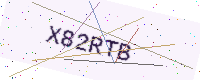
Text: X82RTB